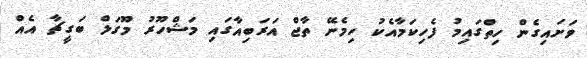
ވަށައިގެން ހިތްގައިމު ފެހިކަމާއެކު ހިމެނޭ ތާޖް އަރަބިއާގައި މަޝްހޫރު މޫގަލް ބަގީޗާ އެއް